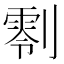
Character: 𠟨